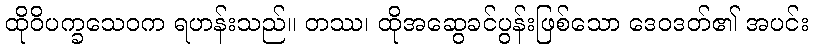
ထိုဝိပက္ခသေဝက ရဟန်းသည်။ တဿ၊ ထိုအဆွေခင်ပွန်းဖြစ်သော ဒေဝဒတ်၏ အပင်း